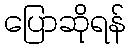
ပြောဆိုရန်